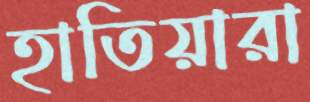
হাতিয়ারা